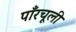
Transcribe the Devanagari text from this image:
पाँरचूली